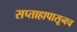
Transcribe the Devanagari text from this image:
सप्ताहापासूनच